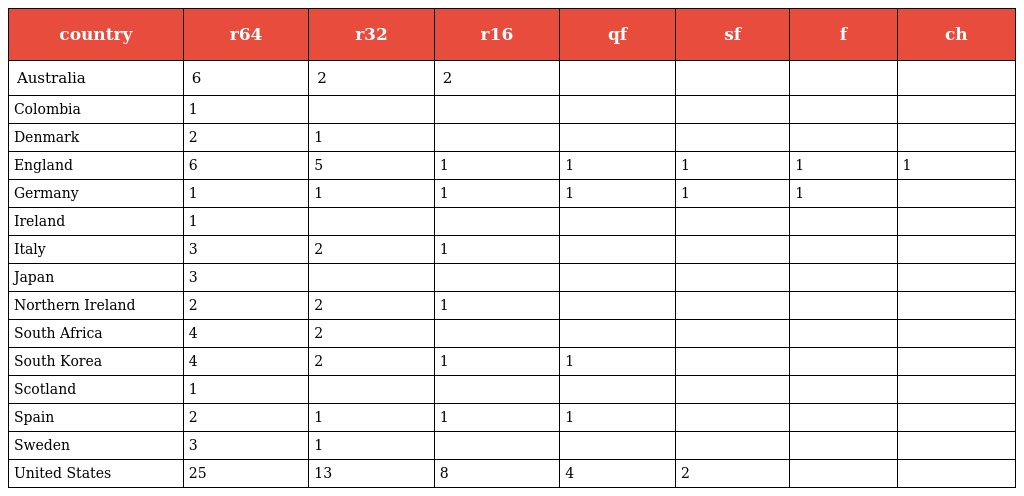
| country | r64 | r32 | r16 | qf | sf | f | ch |
 | --- | --- | --- | --- | --- | --- | --- | --- |
 | Australia | 6 | 2 | 2 |  |  |  |  |
 | Colombia | 1 |  |  |  |  |  |  |
 | Denmark | 2 | 1 |  |  |  |  |  |
 | England | 6 | 5 | 1 | 1 | 1 | 1 | 1 |
 | Germany | 1 | 1 | 1 | 1 | 1 | 1 |  |
 | Ireland | 1 |  |  |  |  |  |  |
 | Italy | 3 | 2 | 1 |  |  |  |  |
 | Japan | 3 |  |  |  |  |  |  |
 | Northern Ireland | 2 | 2 | 1 |  |  |  |  |
 | South Africa | 4 | 2 |  |  |  |  |  |
 | South Korea | 4 | 2 | 1 | 1 |  |  |  |
 | Scotland | 1 |  |  |  |  |  |  |
 | Spain | 2 | 1 | 1 | 1 |  |  |  |
 | Sweden | 3 | 1 |  |  |  |  |  |
 | United States | 25 | 13 | 8 | 4 | 2 |  |  |